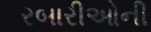
રબારીઓની